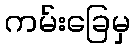
ကမ်းခြေမှ